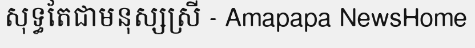
សុទ្ធតែជាមនុស្សស្រី - Amapapa NewsHome